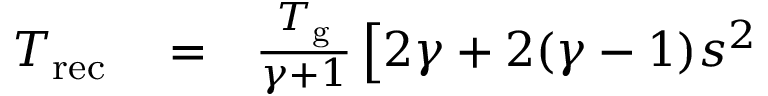
\begin{array} { r l r } { T _ { \mathrm { r e c } } } & { { } = } & { \frac { T _ { \mathrm { g } } } { \gamma + 1 } \left[ 2 \gamma + 2 ( \gamma - 1 ) s ^ { 2 } \right. } \end{array}